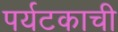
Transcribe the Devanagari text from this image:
पर्यटकाची